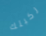
ركبتك